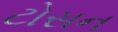
ટોસન